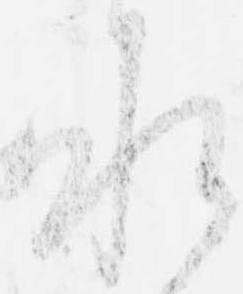
承